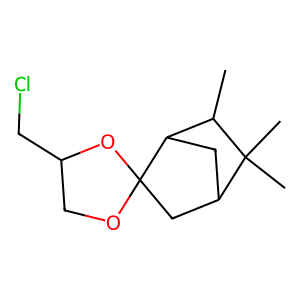
SMILES: CC1C2CC(CC23OCC(CCl)O3)C1(C)C
Inhibits HIV replication: No